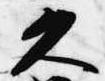
久